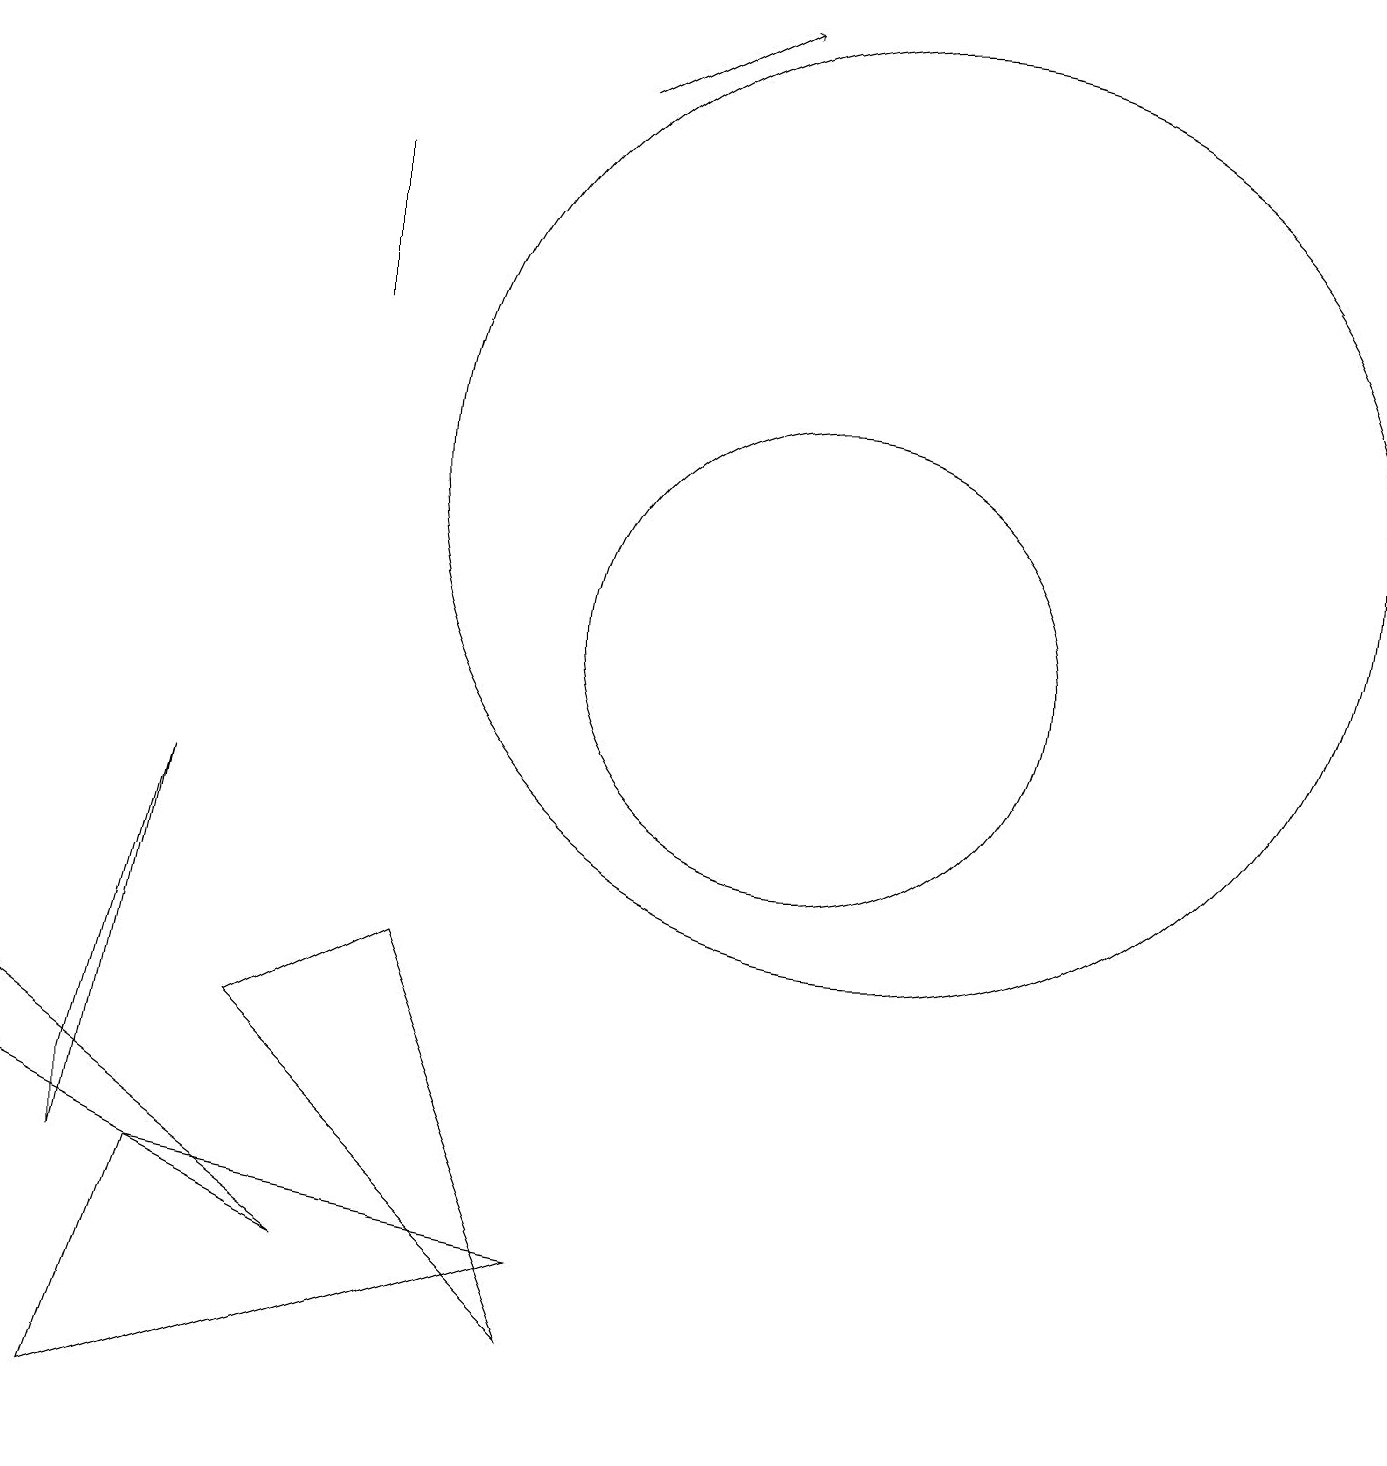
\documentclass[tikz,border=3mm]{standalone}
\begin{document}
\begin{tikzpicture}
\draw (4,14) rectangle (4,16);
\draw (11,12) circle (6);
\draw (5,6) -- (3,5) -- (7,1) -- cycle;
\draw (2,3) -- (1,0) -- (7,2) -- cycle;
\draw (10,10) circle (3);
\draw[->] (7,17) -- (9,18);
\draw (0,5) -- (4,2) -- (0,4) -- cycle;
\draw (1,4) -- (2,8) -- (1,3) -- cycle;
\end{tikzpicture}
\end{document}